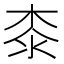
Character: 桼